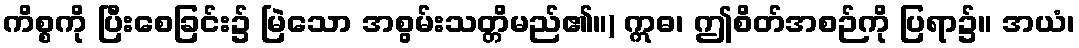
ကိစ္စကို ပြီးစေခြင်း၌ မြဲသော အစွမ်းသတ္တိမည်၏။) ဣဓ၊ ဤစိတ်အစဉ်ကို ပြရာ၌။ အယံ၊